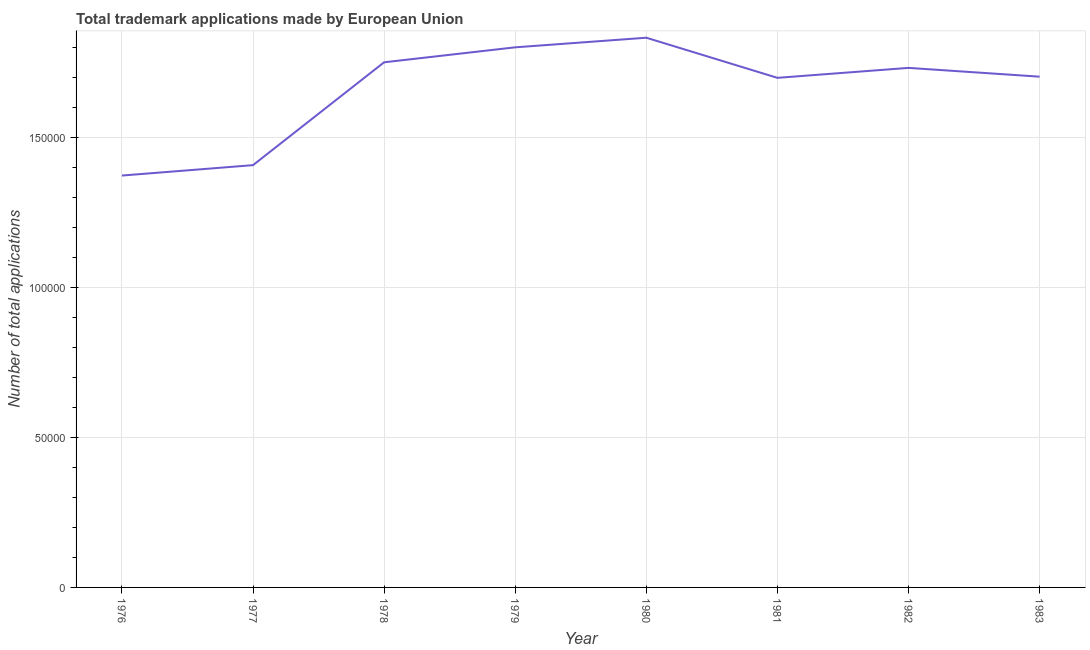
| Year | Trademark applications |
 | --- | --- |
 | 1976 | 1.37e+05 |
 | 1977 | 1.41e+05 |
 | 1978 | 1.75e+05 |
 | 1979 | 1.8e+05 |
 | 1980 | 1.83e+05 |
 | 1981 | 1.7e+05 |
 | 1982 | 1.73e+05 |
 | 1983 | 1.7e+05 |